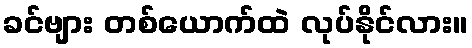
ခင်ဗျား တစ်ယောက်ထဲ လုပ်နိုင်လား။